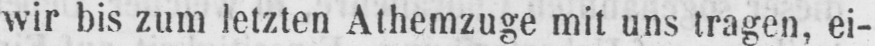
wir bis zum letzten Athemzuge mit uns tragen, ei-